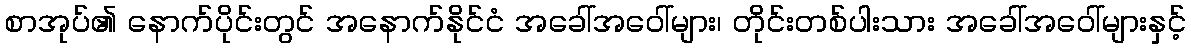
စာအုပ်၏ နောက်ပိုင်းတွင် အနောက်နိုင်ငံ အခေါ်အဝေါ်များ၊ တိုင်းတစ်ပါးသား အခေါ်အဝေါ်များနှင့်